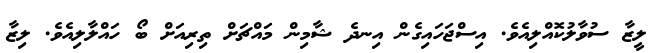
ލީޒާ ސުވާލުކޮއްލިއެވެ. އިސްޖަހައިގެން އިނދެ ޝާމިން މައްޗަށް ތިރިއަށް ބޯ ހައްލާލިއެވެ. ލިޒާ